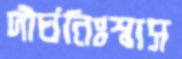
দীর্ঘনিঃশ্বাস